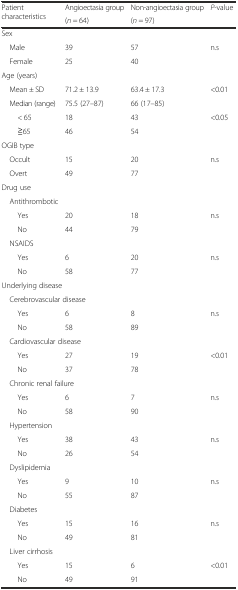
<table><thead><tr><td rowspan="2"><b>Patient characteristics</b></td><td><b>Angioectasia group</b></td><td><b>Non-angioectasia group</b></td><td rowspan="2"><b><i>P</i>-value</b></td></tr><tr><td><b>(<i>n</i> = 64)</b></td><td><b>(<i>n</i> = 97)</b></td></tr></thead><tbody><tr><td colspan="4">Sex</td></tr><tr><td> Male</td><td>39</td><td>57</td><td rowspan="2">n.s</td></tr><tr><td> Female</td><td>25</td><td>40</td></tr><tr><td colspan="4">Age (years)</td></tr><tr><td> Mean ± SD</td><td>71.2 ± 13.9</td><td>63.4 ± 17.3</td><td>&lt;0.01</td></tr><tr><td> Median (range)</td><td>75.5 (27–87)</td><td>66 (17–85)</td><td></td></tr><tr><td>&lt; 65</td><td>18</td><td>43</td><td rowspan="2">&lt;0.05</td></tr><tr><td>≧65</td><td>46</td><td>54</td></tr><tr><td colspan="4">OGIB type</td></tr><tr><td> Occult</td><td>15</td><td>20</td><td rowspan="2">n.s</td></tr><tr><td> Overt</td><td>49</td><td>77</td></tr><tr><td colspan="4">Drug use</td></tr><tr><td> Antithrombotic</td><td></td><td></td><td></td></tr><tr><td>Yes</td><td>20</td><td>18</td><td rowspan="2">n.s</td></tr><tr><td>No</td><td>44</td><td>79</td></tr><tr><td colspan="4"> NSAIDS</td></tr><tr><td>Yes</td><td>6</td><td>20</td><td rowspan="2">n.s</td></tr><tr><td>No</td><td>58</td><td>77</td></tr><tr><td colspan="4">Underlying disease</td></tr><tr><td colspan="4"> Cerebrovascular disease</td></tr><tr><td>Yes</td><td>6</td><td>8</td><td rowspan="2">n.s</td></tr><tr><td>No</td><td>58</td><td>89</td></tr><tr><td colspan="4"> Cardiovascular disease</td></tr><tr><td>Yes</td><td>27</td><td>19</td><td rowspan="2">&lt;0.01</td></tr><tr><td>No</td><td>37</td><td>78</td></tr><tr><td colspan="4"> Chronic renal failure</td></tr><tr><td>Yes</td><td>6</td><td>7</td><td rowspan="2">n.s</td></tr><tr><td>No</td><td>58</td><td>90</td></tr><tr><td colspan="4"> Hypertension</td></tr><tr><td>Yes</td><td>38</td><td>43</td><td rowspan="2">n.s</td></tr><tr><td>No</td><td>26</td><td>54</td></tr><tr><td colspan="4"> Dyslipidemia</td></tr><tr><td>Yes</td><td>9</td><td>10</td><td rowspan="2">n.s</td></tr><tr><td>No</td><td>55</td><td>87</td></tr><tr><td colspan="4"> Diabetes</td></tr><tr><td>Yes</td><td>15</td><td>16</td><td rowspan="2">n.s</td></tr><tr><td>No</td><td>49</td><td>81</td></tr><tr><td colspan="4"> Liver cirrhosis</td></tr><tr><td>Yes</td><td>15</td><td>6</td><td rowspan="2">&lt;0.01</td></tr><tr><td>No</td><td>49</td><td>91</td></tr></tbody></table>